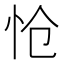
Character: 怆